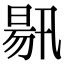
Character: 𣈟